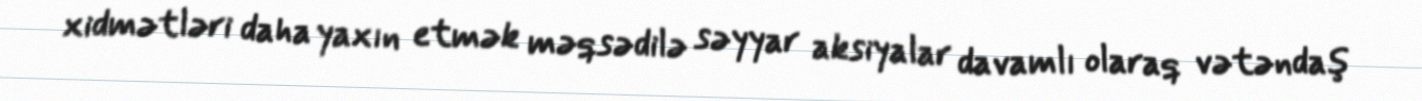
xidmətləri daha yaxın etmək məqsədilə səyyar aksiyalar davamlı olaraq vətəndaş